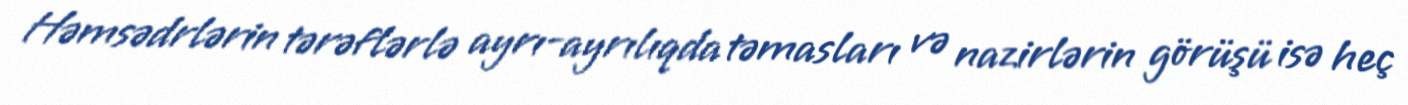
Həmsədrlərin tərəflərlə ayrı-ayrılıqda təmasları və nazirlərin görüşü isə heç